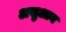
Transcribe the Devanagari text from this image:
असुआन